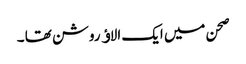
صحن میں ایک الاﺅ روشن تھا ۔